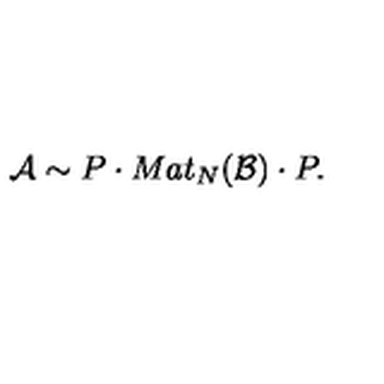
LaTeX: { \cal A } \sim P \cdot M a t _ { N } ( { \cal B } ) \cdot P .